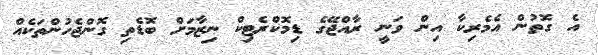
އެ ގޮތުން އެެމެރިކާ އިން ވަނީ ރާއްޖޭގެ ޑިމޮކްރެޓިކް ނިޒާމަށް ބޮޑެތި ގޮންޖެހުންތަކެއް